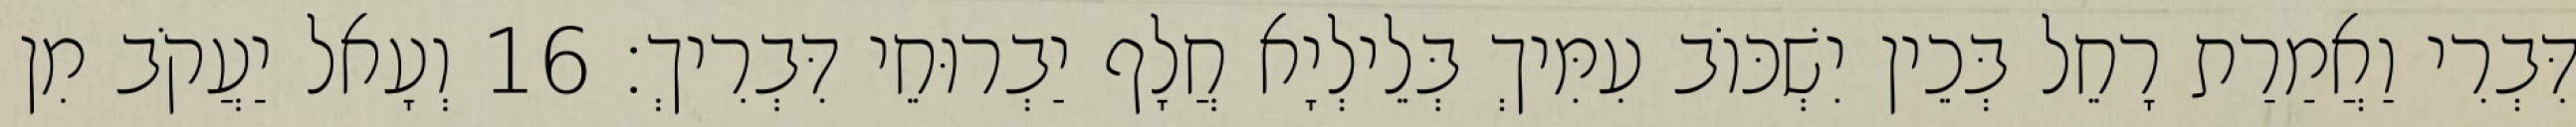
דִּבְרִי וַאֲמַרַת רָחֵל בְּכֵין יִשְׁכּוֹב עִמִּיךְ בְּלֵילְיָא חֲלָף יַבְרוּחֵי דִּבְרִיךְ׃ 16 וְעָאל יַעֲקֹב מִן